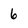
Character: 6